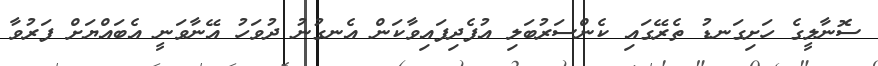
ސޮނާލީގެ ހަށިގަނޑު ތެރޭގައި ކެންސަރުބަލި އުފެދިފައިވާކަން އެނގުނު ދުވަހު އޭނާވަނީ އެބައްޔަށް ފަރުވާ